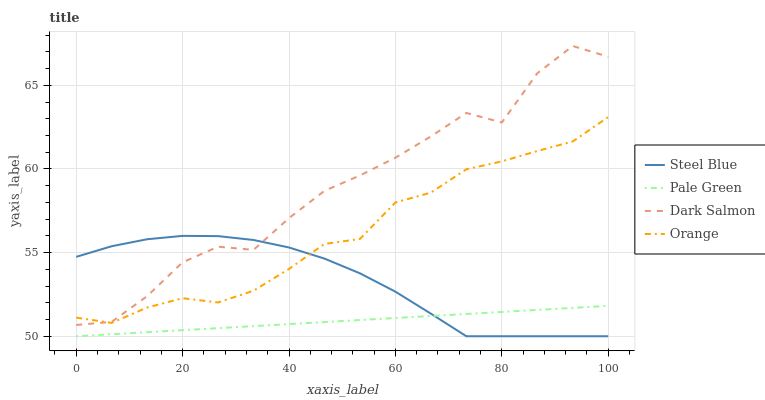
| xaxis_label | Steel Blue | Pale Green | Dark Salmon | Orange |
 | --- | --- | --- | --- | --- |
 | 0 | 54.7 | 50 | 50.7 | 51.1 |
 | 6.67 | 55.4 | 50.1 | 50.9 | 50.8 |
 | 13.3 | 55.8 | 50.2 | 52.4 | 51.7 |
 | 20 | 56 | 50.4 | 54.4 | 52.3 |
 | 26.7 | 56 | 50.5 | 55.4 | 52 |
 | 33.3 | 55.8 | 50.6 | 55.2 | 52.7 |
 | 40 | 55.3 | 50.7 | 57.1 | 54 |
 | 46.7 | 54.6 | 50.8 | 58.7 | 55.5 |
 | 53.3 | 53.8 | 51 | 59.6 | 55.8 |
 | 60 | 52.7 | 51.1 | 60.7 | 58 |
 | 66.7 | 51.4 | 51.2 | 61.9 | 58.6 |
 | 73.3 | 50 | 51.3 | 63.3 | 60 |
 | 80 | 50 | 51.5 | 62.8 | 60.5 |
 | 86.7 | 50 | 51.6 | 65.7 | 61.1 |
 | 93.3 | 50 | 51.7 | 67.4 | 61.6 |
 | 100 | 50 | 51.8 | 66.7 | 63.1 |